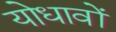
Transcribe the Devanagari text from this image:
योधावों